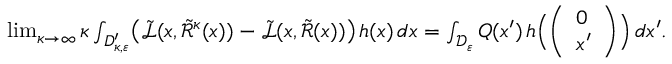
\begin{array} { r } { \operatorname* { l i m } _ { \kappa \to \infty } \kappa \int _ { D _ { \kappa , \varepsilon } ^ { \prime } } \bigl ( \tilde { \mathcal L } ( x , \tilde { \mathcal R } ^ { \kappa } ( x ) ) - \tilde { \mathcal L } ( x , \tilde { \mathcal R } ( x ) ) \bigr ) \, h ( x ) \, d x = \int _ { \mathcal D _ { \varepsilon } } Q ( x ^ { \prime } ) \, h \Bigl ( \left( \begin{array} { l } { 0 } \\ { x ^ { \prime } } \end{array} \right) \Bigr ) \, d x ^ { \prime } . } \end{array}